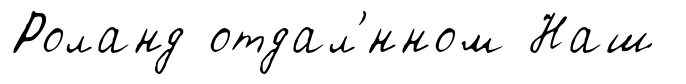
Роланд отдал'́нном Наш